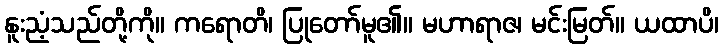
နူးညံ့သည်တို့ကို။ ကရောတိ၊ ပြုတော်မူ၏။ မဟာရာဇ၊ မင်းမြတ်။ ယထာပိ၊